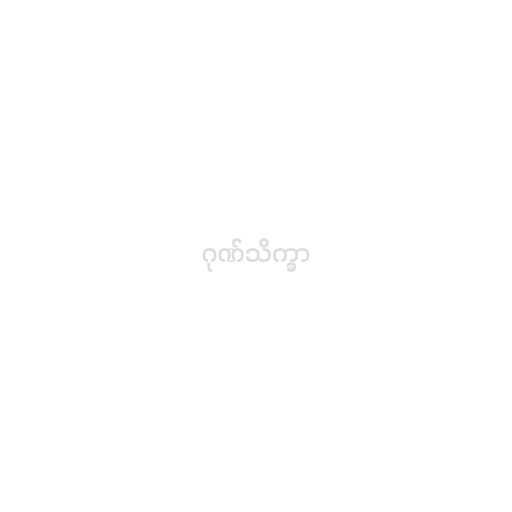
ဂုဏ်သိက္ခာ